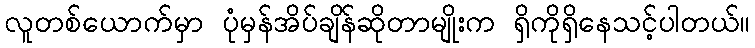
လူတစ်ယောက်မှာ ပုံမှန်အိပ်ချိန်ဆိုတာမျိုးက ရှိကိုရှိနေသင့်ပါတယ်။